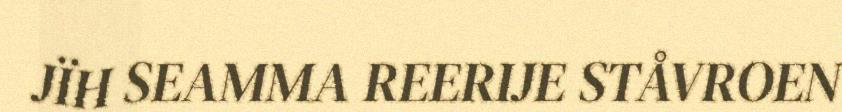
JÏH SEAMMA REERIJE STÅVROEN